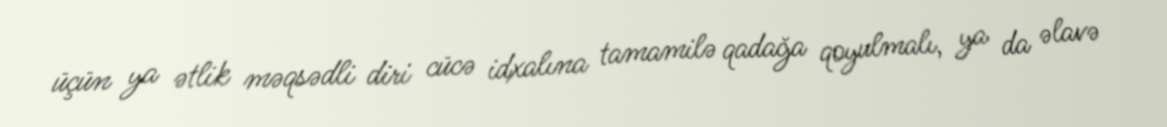
üçün ya ətlik məqsədli diri cücə idxalına tamamilə qadağa qoyulmalı, ya da əlavə